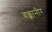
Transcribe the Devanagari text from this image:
बक्कानीर